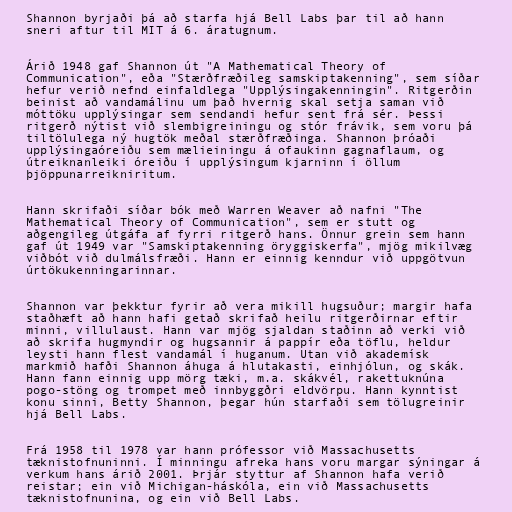
Shannon byrjaði þá að starfa hjá Bell Labs þar til að hann
sneri aftur til MIT á 6. áratugnum.

Árið 1948 gaf Shannon út "A Mathematical Theory of
Communication", eða "Stærðfræðileg samskiptakenning", sem síðar
hefur verið nefnd einfaldlega "Upplýsingakenningin". Ritgerðin
beinist að vandamálinu um það hvernig skal setja saman við
móttöku upplýsingar sem sendandi hefur sent frá sér. Þessi
ritgerð nýtist við slembigreiningu og stór frávik, sem voru þá
tiltölulega ný hugtök meðal stærðfræðinga. Shannon þróaði
upplýsingaóreiðu sem mælieiningu á ofaukinn gagnaflaum, og
útreiknanleiki óreiðu í upplýsingum kjarninn í öllum
þjöppunarreikniritum.

Hann skrifaði síðar bók með Warren Weaver að nafni "The
Mathematical Theory of Communication", sem er stutt og
aðgengileg útgáfa af fyrri ritgerð hans. Önnur grein sem hann
gaf út 1949 var "Samskiptakenning öryggiskerfa", mjög mikilvæg
viðbót við dulmálsfræði. Hann er einnig kenndur við uppgötvun
úrtökukenningarinnar.

Shannon var þekktur fyrir að vera mikill hugsuður; margir hafa
staðhæft að hann hafi getað skrifað heilu ritgerðirnar eftir
minni, villulaust. Hann var mjög sjaldan staðinn að verki við
að skrifa hugmyndir og hugsannir á pappír eða töflu, heldur
leysti hann flest vandamál í huganum. Utan við akademísk
markmið hafði Shannon áhuga á hlutakasti, einhjólun, og skák.
Hann fann einnig upp mörg tæki, m.a. skákvél, rakettuknúna
pogo-stöng og trompet með innbyggðri eldvörpu. Hann kynntist
konu sinni, Betty Shannon, þegar hún starfaði sem tölugreinir
hjá Bell Labs.

Frá 1958 til 1978 var hann prófessor við Massachusetts
tæknistofnuninni. Í minningu afreka hans voru margar sýningar á
verkum hans árið 2001. Þrjár styttur af Shannon hafa verið
reistar; ein við Michigan-háskóla, ein við Massachusetts
tæknistofnunina, og ein við Bell Labs.